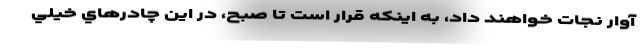
آوار نجات خواهند داد، به اينكه قرار است تا صبح، در اين چادرهاي خيلي